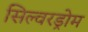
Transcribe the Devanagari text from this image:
सिल्वरड्रोम